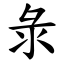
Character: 彔